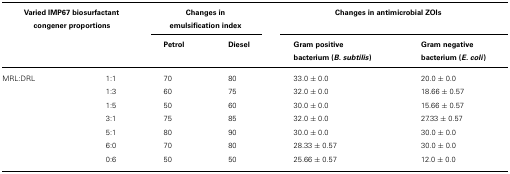
<table><thead><tr><td colspan="2"><b>Varied IMP67 biosurfactant congener proportions</b></td><td colspan="2"><b>Changes in emulsification index</b></td><td colspan="2"><b>Changes in antimicrobial ZOIs</b></td></tr><tr><td></td><td></td><td><b>Petrol</b></td><td><b>Diesel</b></td><td><b>Gram positive bacterium (<i>B. subtilis</i>)</b></td><td><b>Gram negative bacterium (<i>E. coli</i>)</b></td></tr></thead><tbody><tr><td>MRL:DRL</td><td>1:1</td><td>70</td><td>80</td><td>33.0 ± 0.0</td><td>20.0 ± 0.0</td></tr><tr><td></td><td>1:3</td><td>60</td><td>75</td><td>32.0 ± 0.0</td><td>18.66 ± 0.57</td></tr><tr><td></td><td>1:5</td><td>50</td><td>60</td><td>30.0 ± 0.0</td><td>15.66 ± 0.57</td></tr><tr><td></td><td>3:1</td><td>75</td><td>85</td><td>32.0 ± 0.0</td><td>27.33 ± 0.57</td></tr><tr><td></td><td>5:1</td><td>80</td><td>90</td><td>30.0 ± 0.0</td><td>30.0 ± 0.0</td></tr><tr><td></td><td>6:0</td><td>70</td><td>80</td><td>28.33 ± 0.57</td><td>30.0 ± 0.0</td></tr><tr><td></td><td>0:6</td><td>50</td><td>50</td><td>25.66 ± 0.57</td><td>12.0 ± 0.0</td></tr></tbody></table>